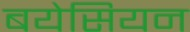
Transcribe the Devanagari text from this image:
बयेसियन